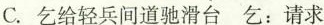
C.\underset{·}{乞}给轻兵间道驰滑台 乞：请求